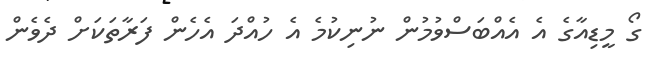
ގޯ މީޑިއާގެ އެ އެއްބަސްވުމުން ނުނިކުމެ އެ ހުއްދަ އެހެން ފަރާތަކަށް ދެވެން